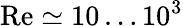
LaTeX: \mathrm{Re}\simeq 10\dots 10^{3}